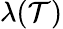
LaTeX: \lambda(\mathcal{T})